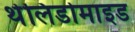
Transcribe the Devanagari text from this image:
थेलिडोमाइड